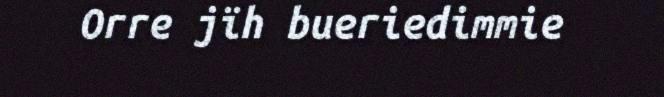
Orre jïh bueriedimmie